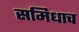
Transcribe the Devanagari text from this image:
समिधाच